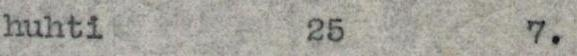
huhti 25 7.